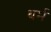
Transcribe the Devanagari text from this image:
थर्म